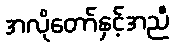
အလိုတော်နှင့်အညီ